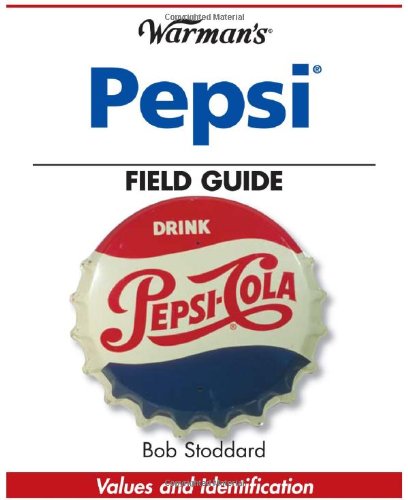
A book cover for Warman's Pepsi Field Guide: Values and Identification (Warman's Field Guide); Bob Stoddard; Crafts, Hobbies & Home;